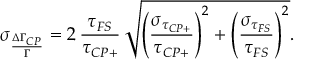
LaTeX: \sigma _ { \frac { \Delta \Gamma _ { C P } } { \Gamma } } = 2 \, { \frac { \tau _ { F S } } { \tau _ { C P + } } } \, \sqrt { \left( { \frac { \sigma _ { \tau _ { C P + } } } { \tau _ { C P + } } } \right) ^ { 2 } + \left( { \frac { \sigma _ { \tau _ { F S } } } { \tau _ { F S } } } \right) ^ { 2 } } .